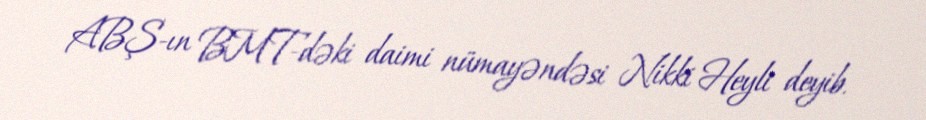
ABŞ-ın BMT-dəki daimi nümayəndəsi Nikki Heyli deyib.